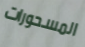
المسحورات